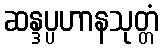
ဆန္ဒပ္ပဟာနသုတ္တံ